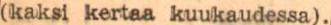
(kaksi kertaa kuukaudessa).